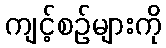
ကျင့်စဉ်များကို